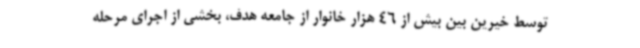
توسط خیرین بین بیش از 46 هزار خانوار از جامعه هدف، بخشی از اجرای مرحله